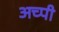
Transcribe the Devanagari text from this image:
अच्पी